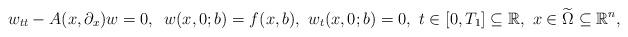
LaTeX: \begin{align*}w_{tt}- A(x,\partial_x) w =0, \,\, \,w(x,0;b)= f (x,b), \,\, w_t(x,0;b)=0 ,\,\, t \in [ 0,T_1]\subseteq {\mathbb R} , \,\, x \in \widetilde{\Omega} \subseteq {\mathbb R}^n,\end{align*}